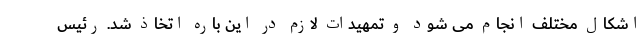
اشکال مختلف انجام می شود و تمهیدات لازم در این باره اتخاذ شد. رئیس